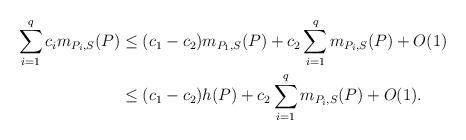
LaTeX: \begin{align*}\sum_{i=1}^qc_im_{P_i,S}(P)&\leq (c_1-c_2)m_{P_1,S}(P)+c_2\sum_{i=1}^qm_{P_i,S}(P)+O(1)\\&\leq (c_1-c_2)h(P)+c_2\sum_{i=1}^qm_{P_i,S}(P)+O(1).\end{align*}